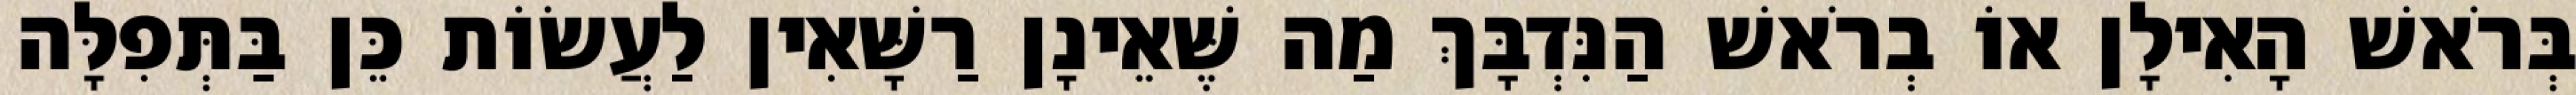
בְּרֹאשׁ הָאִילָן אוֹ בְרֹאשׁ הַנִּדְבָּךְ מַה שֶּׁאֵינָן רַשָּׁאִין לַעֲשׂוֹת כֵּן בַּתְּפִלָּה